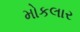
મોકલાર